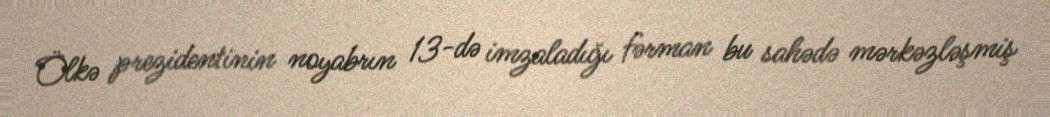
Ölkə prezidentinin noyabrın 13-də imzaladığı fərman bu sahədə mərkəzləşmiş